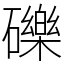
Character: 礫